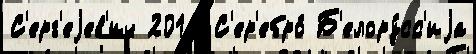
С'ерг'еjев'ич 2014 С'ер'ебро́ Б'елору́сс'иjа